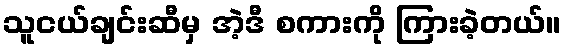
သူငယ်ချင်းဆီမှ အဲ့ဒီ စကားကို ကြားခဲ့တယ်။